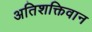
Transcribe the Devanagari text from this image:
अतिशक्तिवान